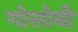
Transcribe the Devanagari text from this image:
गोसोनी